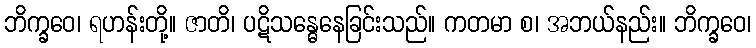
ဘိက္ခဝေ၊ ရဟန်းတို့။ ဇာတိ၊ ပဋိသန္ဓေနေခြင်းသည်။ ကတမာ စ၊ အဘယ်နည်း။ ဘိက္ခဝေ၊